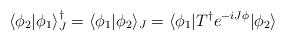
LaTeX: \begin{align*}\langle\phi_2|\phi_1\rangle_J^\dagger= \langle\phi_1|\phi_2\rangle_J = \langle\phi_1|T^\dagger e^{-iJ\phi}|\phi_2\rangle\end{align*}